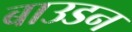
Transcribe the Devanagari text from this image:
बाउडन